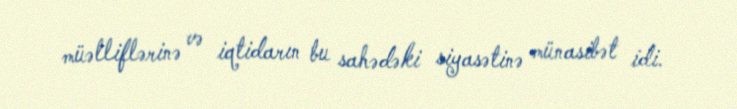
müəlliflərinə və iqtidarın bu sahədəki siyasətinə münasibət idi.